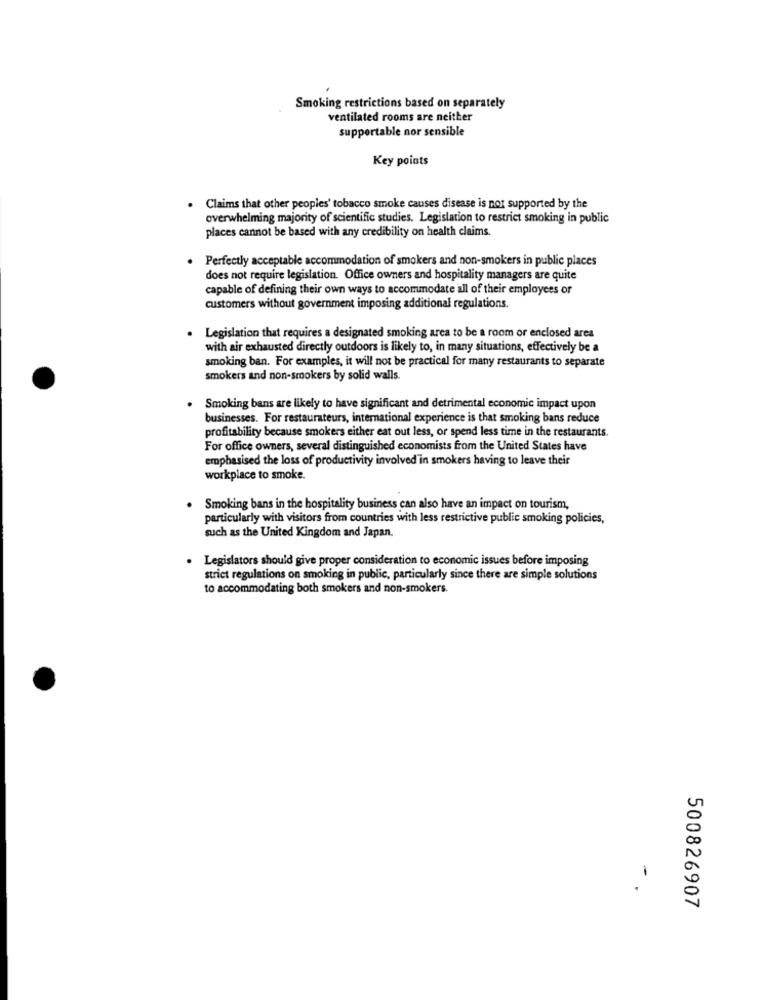
Smoking restrictions based on separately
ventilated rooms are neither
supportable nor sensible
Key points
Claims that other peoples' tobacco smoke causes disease is not supported by the
overwhelming majority of scientific studies. Legislation to restrict smoking in public
places cannot be based with any credibility on health claims.
. Perfectly acceptable accommodation of smokers and non-smokers in public places
does not require legislation. Office owners and hospitality managers are quite
capable of defining their own ways to accommodate all of their employees or
customers without government imposing additional regulations.
Legislation that requires a designated smoking area to be a room or enclosed area
with air exhausted directly outdoors is likely to, in many situations, effectively be a
smoking ban. For examples, it will not be practical for many restaurants to separate
smokers and non-smokers by solid walls.
. Smoking bans are likely to have significant and detrimental economic impact upon
businesses. For restaurateurs, international experience is that smoking bans reduce
profitability because smokers either eat out less, or spend less time in the restaurants.
For office owners, several distinguished economists from the United States have
emphasised the loss of productivity involved in smokers having to leave their
workplace to smoke.
Smoking bans in the hospitality business can also have an impact on tourism,
particularly with visitors from countries with less restrictive public smoking policies,
such as the United Kingdom and Japan.
Legislators should give proper consideration to economic issues before imposing
strict regulations on smoking in public, particularly since there are simple solutions
to accommodating both smokers and non-smokers.
1
500826907